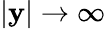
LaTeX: \left|\mathbf{y}\right|\rightarrow\infty